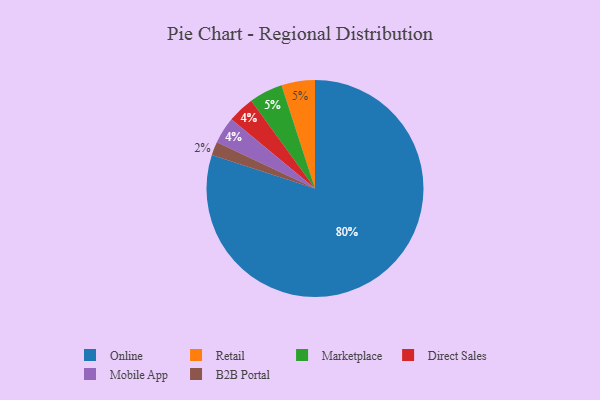
{"axis": {"x": "Category", "y": "Percentage"}, "legend": ["B2B Portal", "Direct Sales", "Marketplace", "Mobile App", "Online", "Retail"], "data": [{"x": "Retail", "y": 5, "type": "Retail"}, {"x": "B2B Portal", "y": 2, "type": "B2B Portal"}, {"x": "Online", "y": 80, "type": "Online"}, {"x": "Direct Sales", "y": 4, "type": "Direct Sales"}, {"x": "Marketplace", "y": 5, "type": "Marketplace"}, {"x": "Mobile App", "y": 4, "type": "Mobile App"}]}